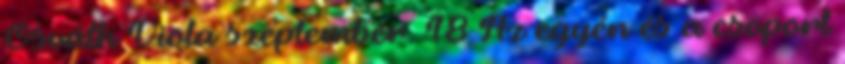
Osváth Viola szeptember. 18 Az egyén és a csoport